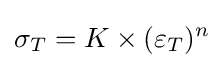
\sigma _{T}=K\times (\varepsilon _{T})^{n}